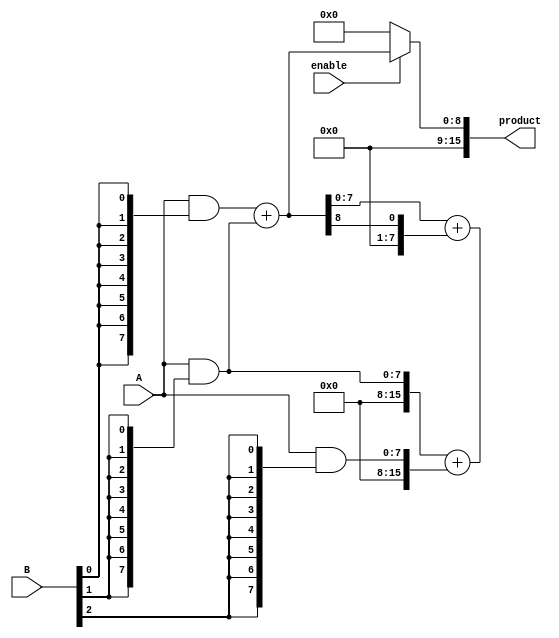
module WallaceTreeMultiplier #(parameter WIDTH = 8) (
    input wire [WIDTH-1:0] A,        // Multiplicand
    input wire [WIDTH-1:0] B,        // Multiplier
    input wire enable,                // Enable signal
    output reg [2*WIDTH-1:0] product  // Product output
);

    // Partial product generation
    wire [WIDTH-1:0] pp [WIDTH-1:0]; // Partial products
    genvar i;
    generate
        for (i = 0; i < WIDTH; i = i + 1) begin : pp_gen
            assign pp[i] = A & {WIDTH{B[i]}}; // ANDing A with each bit of B
        end
    endgenerate

    // Wallace tree reduction
    wire [WIDTH-1:0] sum [WIDTH-1:0]; // Sums at each stage
    wire [WIDTH-1:0] carry [WIDTH-1:0]; // Carries at each stage
    wire [WIDTH-1:0] final_sum;
    wire [WIDTH-1:0] final_carry;

    // Stage 1: Combine partial products
    generate
        for (i = 0; i < WIDTH-1; i = i + 1) begin : stage1
            if (i % 2 == 0) begin
                assign {carry[i/2], sum[i/2]} = pp[i] + pp[i+1]; // Half adder
            end else begin
                assign {carry[i/2], sum[i/2]} = {1'b0, pp[i]} + {1'b0, pp[i+1]}; // Half adder
            end
        end
    endgenerate

    // Stage 2: Combine sums and carries
    generate
        for (i = 0; i < (WIDTH/2); i = i + 1) begin : stage2
            assign {carry[i], sum[i]} = sum[i] + carry[i]; // Full adder
        end
    endgenerate

    // Final addition
    always @(*) begin
        if (enable) begin
            product = 0; // Reset product
            // Add final sums and carries
            product = sum[0] + carry[0]; // Final addition
        end else begin
            product = 0; // If not enabled, output zero
        end
    end

endmodule